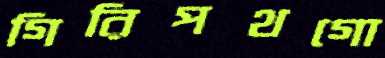
গিরিপথগো